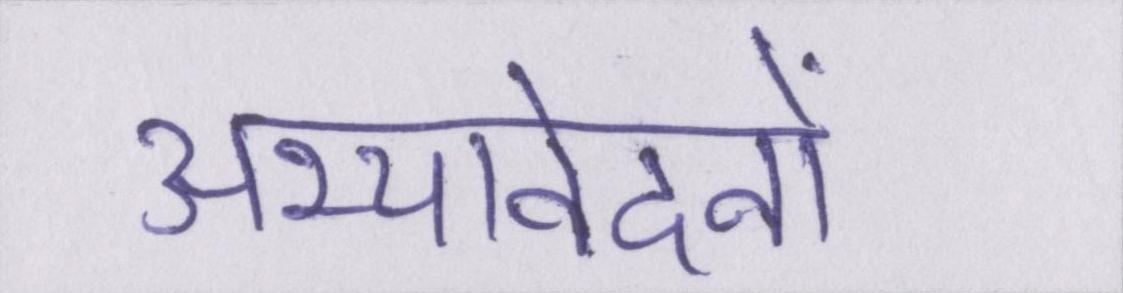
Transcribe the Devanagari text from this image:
अभ्यावेदनों